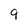
Character: 9